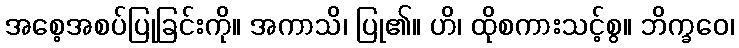
အစေ့အစပ်ပြုခြင်းကို။ အကာသိ၊ ပြု၏။ ဟိ၊ ထိုစကားသင့်စွ။ ဘိက္ခဝေ၊